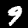
Digit: 9